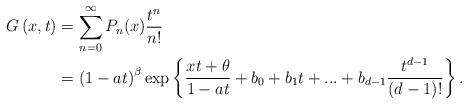
LaTeX: \begin{align*}G\left(x,t\right)& =\sum\limits_{n= 0}^{\infty}P_n(x)\frac{t^n}{n!}\\&=\left(1-at\right)^\beta \exp\left\{\frac{xt+\theta}{1-at} +b_{0}+b_{1}t+...+b_{d-1}\frac{t^{d-1}}{(d-1)!}\right\}.\end{align*}